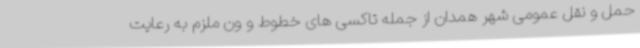
حمل و نقل عمومی شهر همدان از جمله تاکسی های خطوط و ون ملزم به رعایت